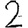
Digit: 2